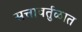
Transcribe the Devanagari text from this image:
सत्तावर्तुळात